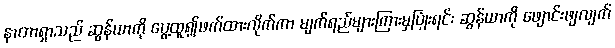
နာတာရှာသည် ဆွန်ယာကို ပွေ့ထူ၍ဖက်ထားလိုက်ကာ မျက်ရည်များကြားမှပြုံးရင်း ဆွန်ယာကို ဖျောင်းဖျလျက်